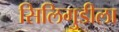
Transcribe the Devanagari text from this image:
सिलिगुडीला